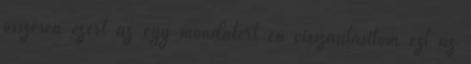
összesen ezért az egy mondatért én visszautasítom ezt az